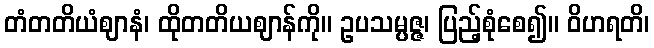
တံတတိယံဈာနံ၊ ထိုတတိယဈာန်ကို။ ဥပသမ္ပဇ္ဇ၊ ပြည့်စုံစေ၍။ ဝိဟရတိ၊